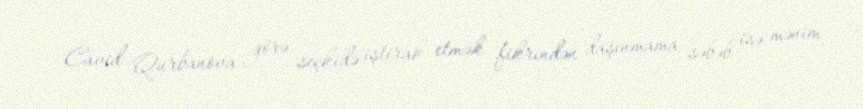
Cavid Qurbanova görə seçkidə iştirak etmək fikrindən daşınmama səbəb isə mənim